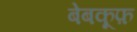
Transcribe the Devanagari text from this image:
बेबकूफ़